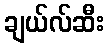
ချယ်လ်ဆီး